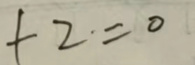
\[t2 = 0\]